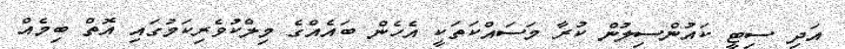
އަދި ސިޓީ ކައުންސިލުން ކުރާ މަސައްކަތަކީ އެހެން ބައެއްގެ މިލްކުވެރިކަމުގައި އޮތް ބިމެއް